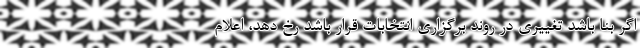
اگر بنا باشد تغییری در روند برگزاری انتخابات قرار باشد رخ دهد، اعلام